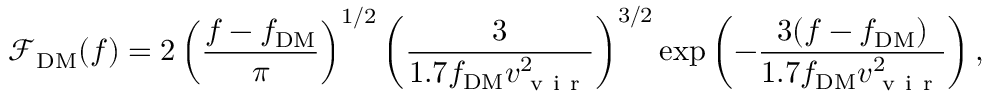
\mathcal { F } _ { \mathrm { D M } } ( f ) = 2 \left( \frac { f - f _ { \mathrm { D M } } } { \pi } \right) ^ { 1 / 2 } \left( \frac { 3 } { 1 . 7 f _ { \mathrm { D M } } v _ { \mathrm { ~ v ~ i ~ r ~ } } ^ { 2 } } \right) ^ { 3 / 2 } \exp \left( - \frac { 3 ( f - f _ { \mathrm { D M } } ) } { 1 . 7 f _ { \mathrm { D M } } v _ { \mathrm { ~ v ~ i ~ r ~ } } ^ { 2 } } \right) ,